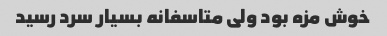
خوش مزه بود ولی متاسفانه بسیار سرد رسید